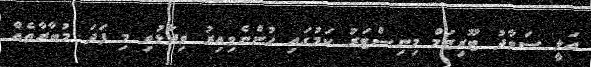
އަލީ ސަވާދު ޓޫރިޒަމް މިނިސްޓަރު ކަމުގައި ހުންނެވިއިރު ވިދާޅުވި މި ފަދަ މުބާރާތެއް